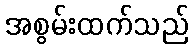
အစွမ်းထက်သည်